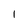
Character: l